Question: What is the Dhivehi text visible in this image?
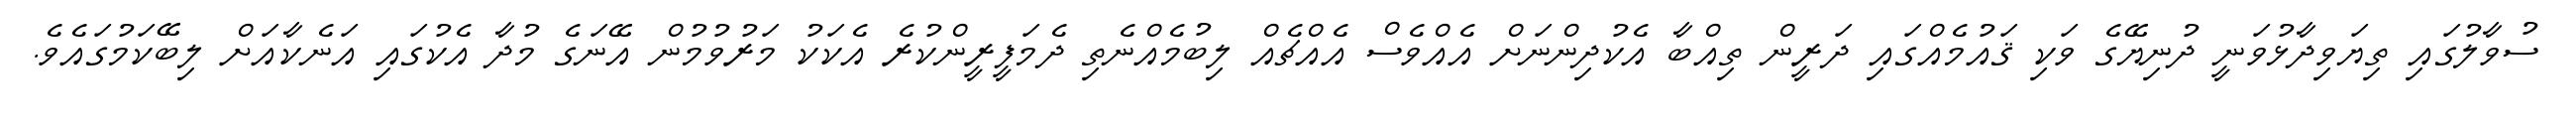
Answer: ސުވާލުގައި ތިޔަވިދާޅުވަނީ ދުނިޔޭގެ ވަކި ޤައުމެއްގައި ދަރީން ތިއްބާ އެކުދިންނަށް އެއްވެސް އެއްޗެއް ލިބުމެއްނެތި ދެމަފީރީންކުރެ އެކަކު މަރުވުމުން އޭނަގެ މުދާ އެކުގައި އަނެކާއަށް ލިބޭކަމުގައެވެ.